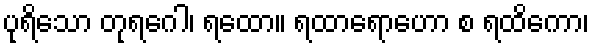
ပုရိသော တုရဂေါ၊ ရထော။ ရထာရောဟော စ ရထိကော၊